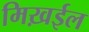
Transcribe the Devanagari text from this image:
मिख़ईल